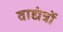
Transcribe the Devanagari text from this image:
वाद्यंत्रों